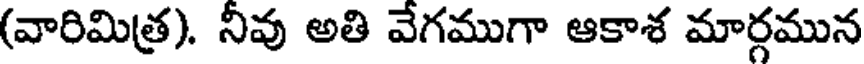
(వారిమిత్ర). నీవు అతి వేగముగా ఆకాశ మార్గమున